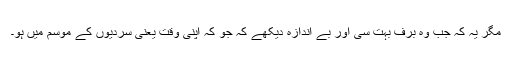
مگر یہ کہ جب وہ برف بہت سی اور بے اندازہ دیکھے کہ جو کہ اپنی وقت یعنی سردیوں کے موسم میں ہو۔